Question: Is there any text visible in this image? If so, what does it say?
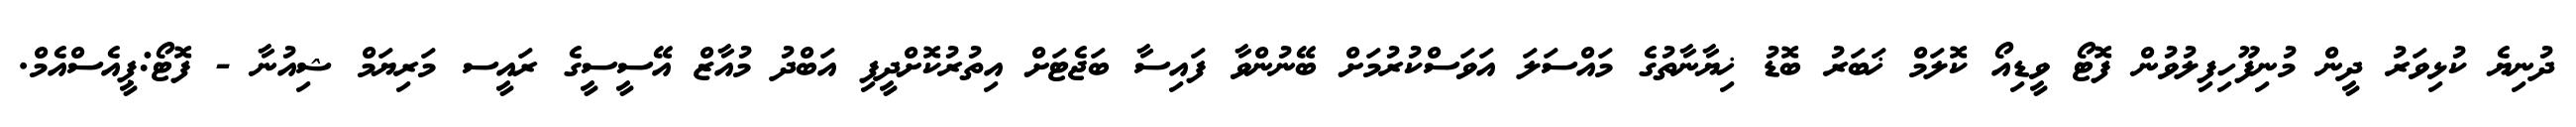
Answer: ދުނިޔެ ކުޅިވަރު ދީން މުނިފޫހިފިލުވުން ފޮޓޯ ވީޑިއޯ ކޮލަމް ޚަބަރު ބޮޑު ޚިޔާނާތުގެ މައްސަލަ އަވަސްކުރުމަށް ބޭނުންވާ ފައިސާ ބަޖެޓަށް އިތުރުކޮށްދީފި އަބްދު މުއާޒް އޭސީސީގެ ރައީސ މަރިޔަމް ޝިއުނާ - ފޮޓޯ:ޕީއެސްއެމް.